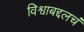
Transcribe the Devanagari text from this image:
विश्वाबद्दलचं